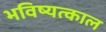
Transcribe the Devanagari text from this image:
भविष्यत्काल